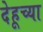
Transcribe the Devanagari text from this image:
देहूच्या